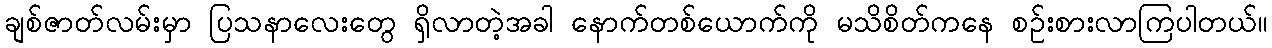
ချစ်ဇာတ်လမ်းမှာ ပြသနာလေးတွေ ရှိလာတဲ့အခါ နောက်တစ်ယောက်ကို မသိစိတ်ကနေ စဉ်းစားလာကြပါတယ်။